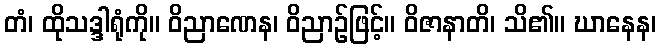
တံ၊ ထိုသဒ္ဒါရုံကို။ ဝိညာဏေန၊ ဝိညာဉ်ဖြင့်။ ဝိဇာနာတိ၊ သိ၏။ ဃာနေန၊